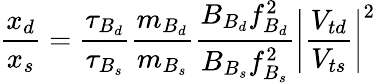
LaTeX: \frac{x_{d}}{x_{s}}=\frac{\tau_{B_{d}}}{\tau_{B_{s}}}\frac{m_{B_{d}}}{m_{B_{s}}}\frac{B_{B_{d}}f_{B_{d}}^{2}}{B_{B_{s}}f_{B_{s}}^{2}}\left|\frac{V_{td}}{V_{ts}}\right|^{2}